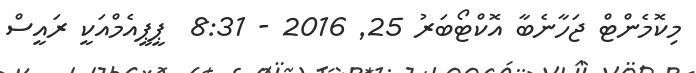
މިކޮމެންޓް ޖަހާނެބާ އޮކްޓޯބަރު 25